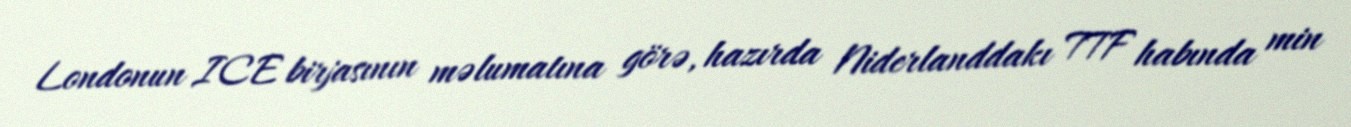
Londonun ICE birjasının məlumatına görə, hazırda Niderlanddakı TTF habında min